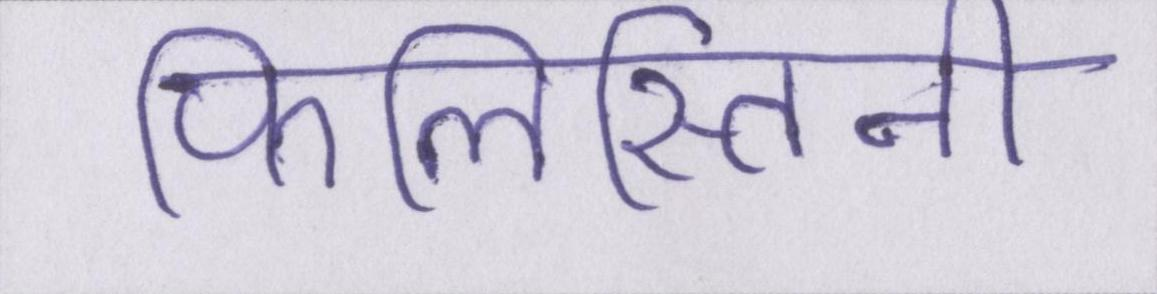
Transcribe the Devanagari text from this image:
फिलिस्तिनी